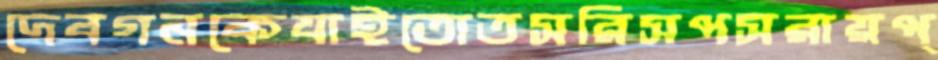
দেবগনকেযাইতোতসরিসপসরায়প্